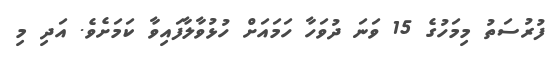
ފުރުސަތު މިމަހުގެ 15 ވަނަ ދުވަހާ ހަމައަށް ހުޅުވާލާފައިވާ ކަމަށެވެ. އަދި މި